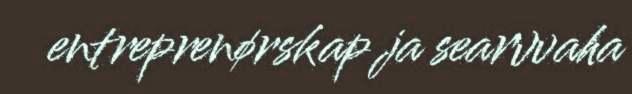
entreprenørskap ja searvvaha